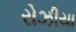
રોઝીયા